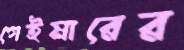
গেইমারের